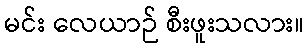
မင်း လေယာဉ် စီးဖူးသလား။